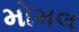
મોમલ